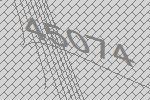
45074